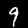
Digit: 9